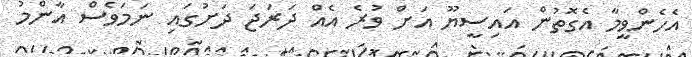
އެހެންވީމާ އެގޮތުން އައިސީޔޫ އަށް ވުރެ އެއް ދަރަޖަ ދަށުގައި ނަމަވެސް އާންމު